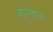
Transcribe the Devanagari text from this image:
खुऱ्‍याळ